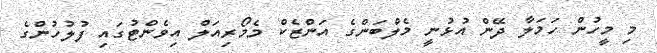
މި މީހުން ހަަމަލާ ދޭން އުޅުނީ މެލްބަންގެ އަންޒެކް މެމޯރިއަލް އިވެންޓުގައި ފުލުހުންގެ